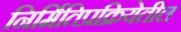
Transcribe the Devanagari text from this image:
निर्मितिप्रक्रियेतील